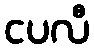
ငပလီ